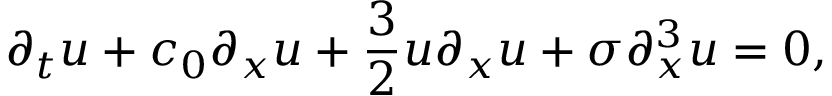
\partial _ { t } u + c _ { 0 } \partial _ { x } u + \frac { 3 } { 2 } u \partial _ { x } u + \sigma \partial _ { x } ^ { 3 } u = 0 ,